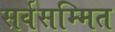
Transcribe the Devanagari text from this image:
सर्वसम्मित